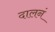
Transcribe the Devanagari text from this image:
दालनं